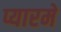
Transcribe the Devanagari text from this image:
प्यारमे